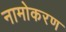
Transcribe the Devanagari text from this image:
नामोकरण